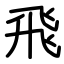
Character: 飛